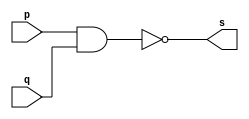
// ------------------------- 
// Exercicio0001 - NAND
// Nome: Guilherme Moreira Nunes 
// ------------------------- 
// ------------------------- 
// -- nand gate 
// ------------------------- 
module nandgate ( output s, input p, q ); 
assign s = ~( p & q ) ; 
endmodule // nandgate 
// --------------------- 
// -- test nand gate 
// --------------------- 
module testnandgate; 
// ------------------------- dados locais 
reg a;
reg b; // definir registradores 
wire s; // definir conexao (fio) 
// ------------------------- instancia 
nandgate NAND1 (s, a, b); 
// ------------------------- preparacao 
initial begin:start 
// atribuicao simultanea 
// dos valores iniciais 
a=0; b=0; 
end 
// ------------------------- parte principal 
initial begin 
$display("Exercicio0001 - Guilherme Moreira Nunes - 408947"); 
$display("Test NAND gate"); 
$display("\na ~& b = s\n"); 
a=0; b=0; 
#1 $display("%b ~& %b = %b", a, b, s); 
a=0; b=1; 
#1 $display("%b ~& %b = %b", a, b, s); 
a=1; b=0; 
#1 $display("%b ~& %b = %b", a, b, s); 
a=1; b=1; 
#1 $display("%b ~& %b = %b", a, b, s); 
end 
endmodule // testnandgate